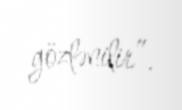
gözlənilir”.